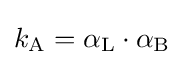
k_{\rm {A}}=\alpha _{\rm {L}}\cdot \alpha _{\rm {B}}\;